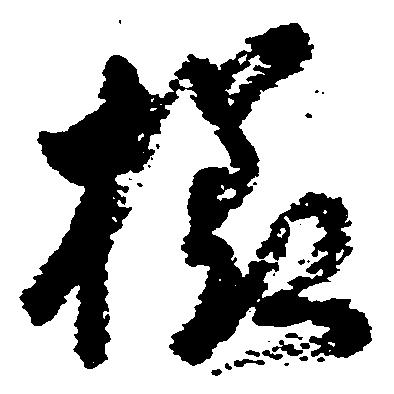
様